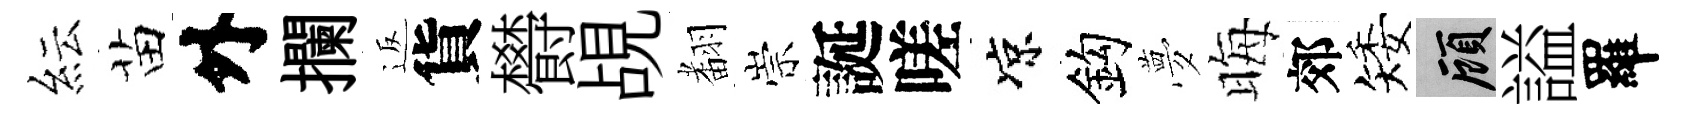
紜苗外攔返貨欎覘𮋒崇誕嗟凉鈎夢晦郊矮顧謚羅